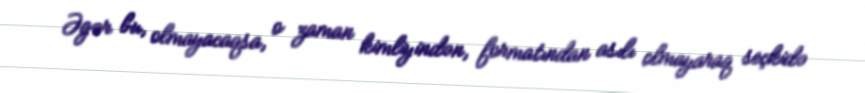
Əgər bu, olmayacaqsa, o zaman kimliyindən, formatından asılı olmayaraq seçkidə